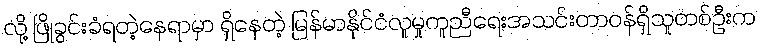
လို့ ဖြိုခွင်းခံရတဲ့နေရာမှာ ရှိနေတဲ့ မြန်မာနိုင်ငံလူမှုကူညီရေးအသင်းတာဝန်ရှိသူတစ်ဦးက